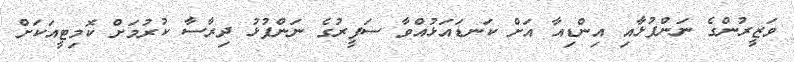
ވަޒީރުންގެ ނަންފުޅާއި އިންޑިއާ އަށް ކަނޑައަޅުއްވާ ސަފީރުގެ ނަންފުޅު ދިރާސާ ކުރުމަށް ކޮމިޓީއަކަށް